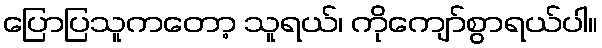
ပြောပြသူကတော့ သူရယ်၊ ကိုကျော်စွာရယ်ပါ။